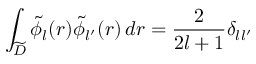
\int _ { \widetilde { D } } \tilde { \phi } _ { l } ( r ) \tilde { \phi } _ { l ^ { \prime } } ( r ) \, d r = \frac { 2 } { 2 l + 1 } \delta _ { l l ^ { \prime } }